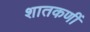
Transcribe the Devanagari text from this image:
शातकणीं